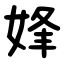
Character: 㛔